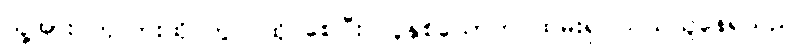
သူ့အား ကုလားထိုင်တွင် ထိုင်စေပြီး လူနှစ်ယောက် ထမ်း၍ သယ်ယူနေရသည်။